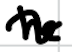
Text: he
Cross-out: wave
Writing tool: digital_black